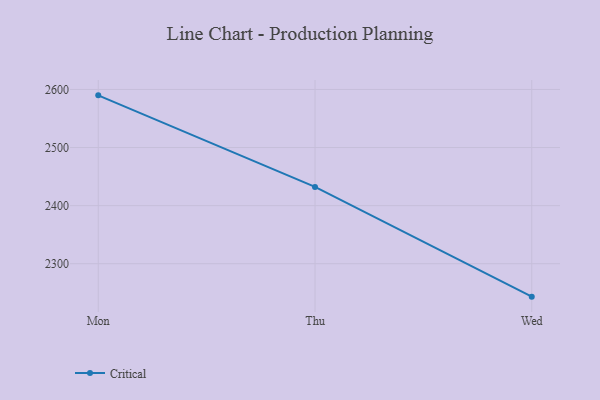
{"axis": {"x": "Day", "y": "Latency (ms)"}, "legend": ["Critical"], "data": [{"x": "Mon", "y": 2589.9, "type": "Critical"}, {"x": "Thu", "y": 2432.2, "type": "Critical"}, {"x": "Wed", "y": 2243.3, "type": "Critical"}]}